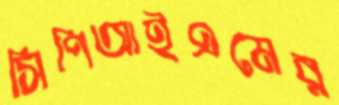
সিপিআইএমের